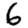
Digit: 6